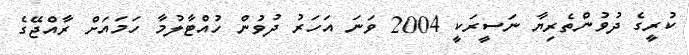
ކުރީގެ ދުވުންތެރިޔާ ނަސީރަކީ 2004 ވަނަ އަހަރު ދުވުން ހުއްޓާލުމާ ހަމައަށް ރާއްޖޭގެ